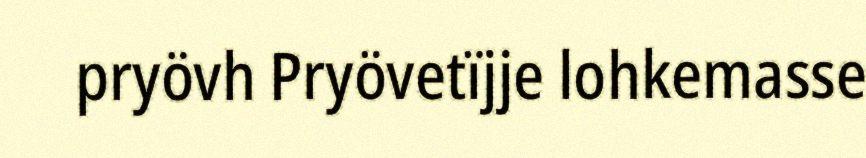
pryövh Pryövetïjje lohkemasse